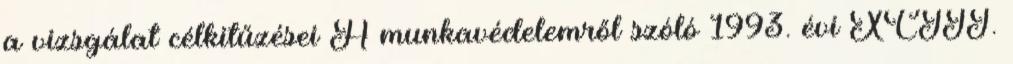
a vizsgálat célkitűzései A munkavédelemről szóló 1993. évi XCIII.